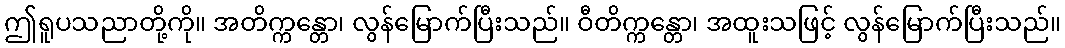
ဤရူပသညာတို့ကို။ အတိက္ကန္တော၊ လွန်မြောက်ပြီးသည်။ ဝီတိက္ကန္တော၊ အထူးသဖြင့် လွန်မြောက်ပြီးသည်။